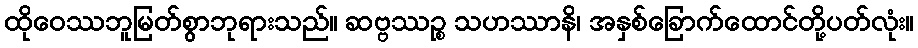
ထိုဝေဿဘူမြတ်စွာဘုရားသည်။ ဆဗ္ဗဿဉ္စ သဟဿာနိ၊ အနှစ်ခြောက်ထောင်တို့ပတ်လုံး။